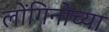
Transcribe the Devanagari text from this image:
लोंगिनोच्या